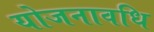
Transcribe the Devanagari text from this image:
योजनावधि